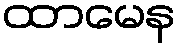
ထာမေန